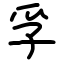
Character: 孚